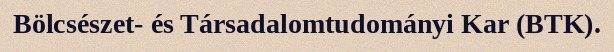
Bölcsészet- és Társadalomtudományi Kar (BTK).